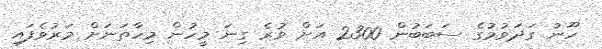
ހޫނު ގަދަވުމުގެ ސަބަބުން 2300 އަށް ވުރެ ގިނަ މީހުން މިހާތަނަށް މަރުވެފައި